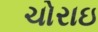
ચોરાઇ